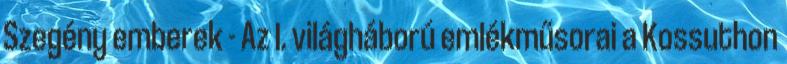
Szegény emberek - Az I. világháború emlékműsorai a Kossuthon